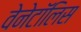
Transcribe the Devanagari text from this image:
वेनेटॉलिस